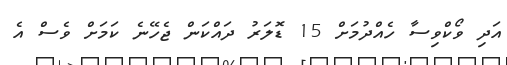
އަދި ވޯކްވިސާ ހެއްދުމަށް 15 ޑޮލަރު ދައްކަން ޖެހޭނެ ކަމަށް ވެސް އެ